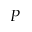
P